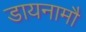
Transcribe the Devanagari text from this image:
डायनामौ